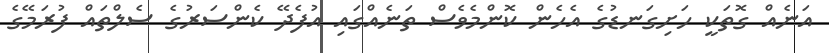
އަނެއް ގޮތަކީ ހަށިގަނޑުގެ އެހެން ކޮންމެެވެސް ތަނެއްގައި އުފެދޭ ކެންސަރުގެ ސެލްތައް ފުރަމޭގެ